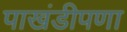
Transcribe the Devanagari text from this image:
पाखंडीपणा